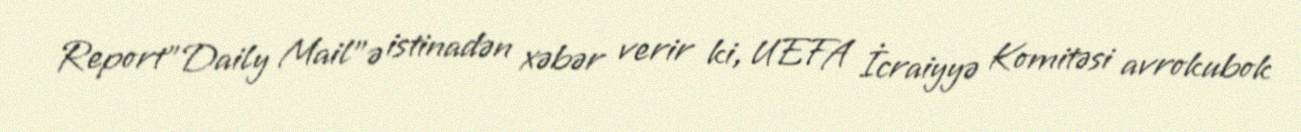
Report"Daily Mail"ə istinadən xəbər verir ki, UEFA İcraiyyə Komitəsi avrokubok